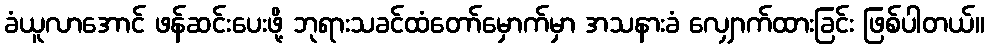
ခံယူလာအောင် ဖန်ဆင်းပေးဖို့ ဘုရားသခင်ထံတော်မှောက်မှာ အသနားခံ လျှောက်ထားခြင်း ဖြစ်ပါတယ်။